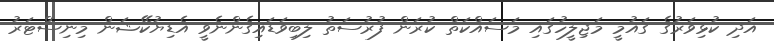
އަދި ކުޅިވަރުގެ ގައުމީ މަޖިލީހުގައި މަސައްކަތް ކުރަން ފުރުސަތު ލިބިވަޑައިގެންނެވީ އެޑިޔުކޭޝަން މިނިސްޓަރު